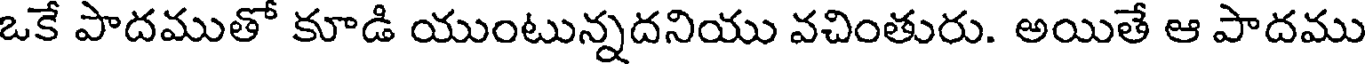
ఒకే పాదముతో కూడి యుంటున్నదనియు వచింతురు. అయితే ఆ పాదము